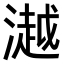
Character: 𣾼